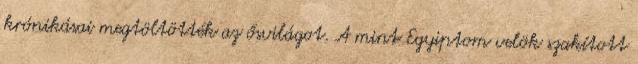
krónikásai megtöltötték az ősvilágot. A mint Egyiptom velök szakított